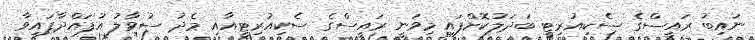
ނައިބު ރައީސްގެ ސެކިއުރިޓީ ބަދަލުކޮށްފައި މިވަނީ ރައީސްގެ ސެކިއުރިޓީއާއި މެދު ސުވާލު އުފައްދާފައިވާ